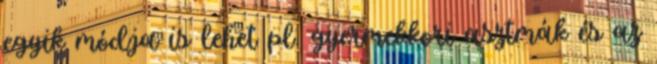
egyik módja is lehet pl. gyermekkori asztmák és az